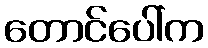
တောင်ပေါ်က